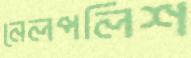
নেলপলিশ